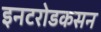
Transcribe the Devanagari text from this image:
इनटरोडकसन